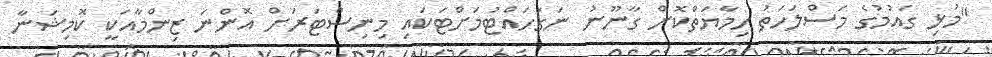
"މުޅި ގައުމުގެ މަސްލަހަތު ހިމާޔަތްކޮށް ގާނޫނު ނަގަހައްޓުމަށްޓަކައި މިނިސްޓަރަށް އޮންނަ ޒިންމާއަކީ ކޮމިޝަނާ